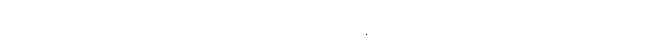
၁၉၆၄ က ထုတ်တဲ့ အတွဲ ၉ မှာ ပါတဲ့ မေယုနယ်ခြားခရိုင် အကြောင်းမှာ ရိုဟင်ဂျာ